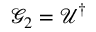
\mathcal { G } _ { 2 } = \mathcal { U } ^ { \dagger }